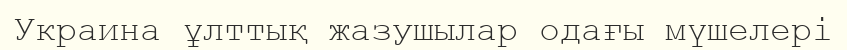
Украина ұлттық жазушылар одағы мүшелері